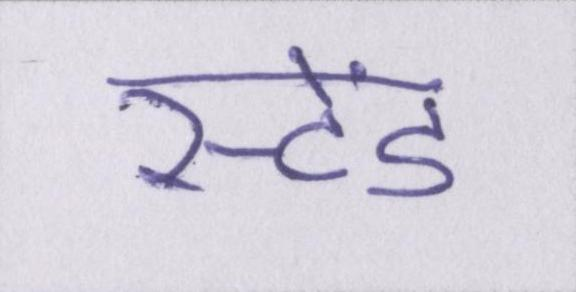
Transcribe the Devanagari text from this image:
स्टेंड